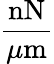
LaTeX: \frac{\mathrm{nN}}{\mu\mathrm{m}}